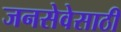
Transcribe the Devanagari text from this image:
जनसेवेसाठी